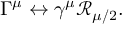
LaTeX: \Gamma ^ { \mu } \leftrightarrow \gamma ^ { \mu } \mathcal { R } _ { \mu / 2 } .